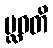
ပ္လဝတိ